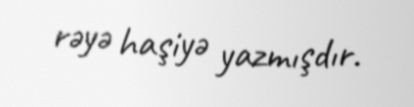
rəyə haşiyə yazmışdır.